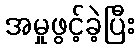
အမှုဖွင့်ခဲ့ပြီး